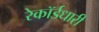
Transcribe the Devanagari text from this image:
रेकॉर्डधारी